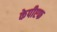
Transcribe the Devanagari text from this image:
केपीएफ